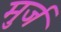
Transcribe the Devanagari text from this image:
मुर्ज